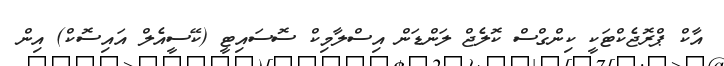
އާކް ޕްރޮޖެކްޓަކީ ކިންގްސް ކޮލެޖް ލަންޑަން އިސްލާމިކް ސޮސައިޓީ (ކޭސީއެލް އައިސޮކް) އިން